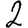
Digit: 2